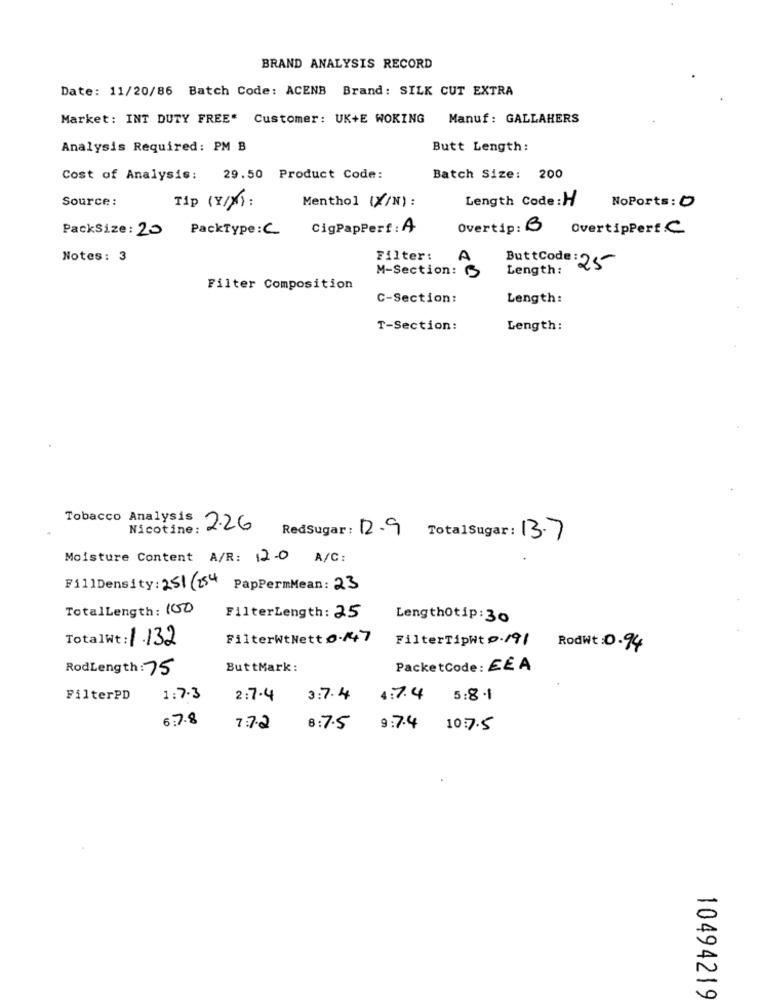
BRAND ANALYSIS RECORD
Date: 11/20/86 Batch Code: ACENB Brand: SILK CUT EXTRA
Market: INT DUTY FREE" Customer: UK+E WOKING
Manuf : GALLAHERS
Analysis Required: PM B
Butt Length:
Cost of Analysis: 29.50 Product Code:
Batch Size: 200
Source :
Tip (Y/N):
Menthol (Y/N):
Length Code: H
NoPorts: 0
PackSize: 20
PackType:C
CigPapPerf : A
Overtip: OvertipPerf.C
Notes: 3
Filter:
M-Section:
ButtCode: 25
Length:
Filter Composition
C-Section:
Length:
T-Section:
Length:
Tobacco Analysis
Nicotine:
: 2.26 RedSugar: 12.9 TotalSugar: 13.7
Moisture Content A/R: 12.0 A/C:
FillDensity: 251 /254
PapPermMean: 23
TotalLength: 100
FilterLength: 25
Lengthotip: 30
Totalwt: 1.132
FilterWtNett 0-/47
FilterTipht p./91
RodWt: 0-94
RodLength: 75
ButtMark:
PacketCode: EEA
FilterPD
1:7.3
2:7.4
3:7.4
4:7.4 5:8.1
6:7.8
7:7.2
8:7.5
9:74 10:7.5
10494219